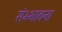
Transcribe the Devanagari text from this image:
संभ्भावना